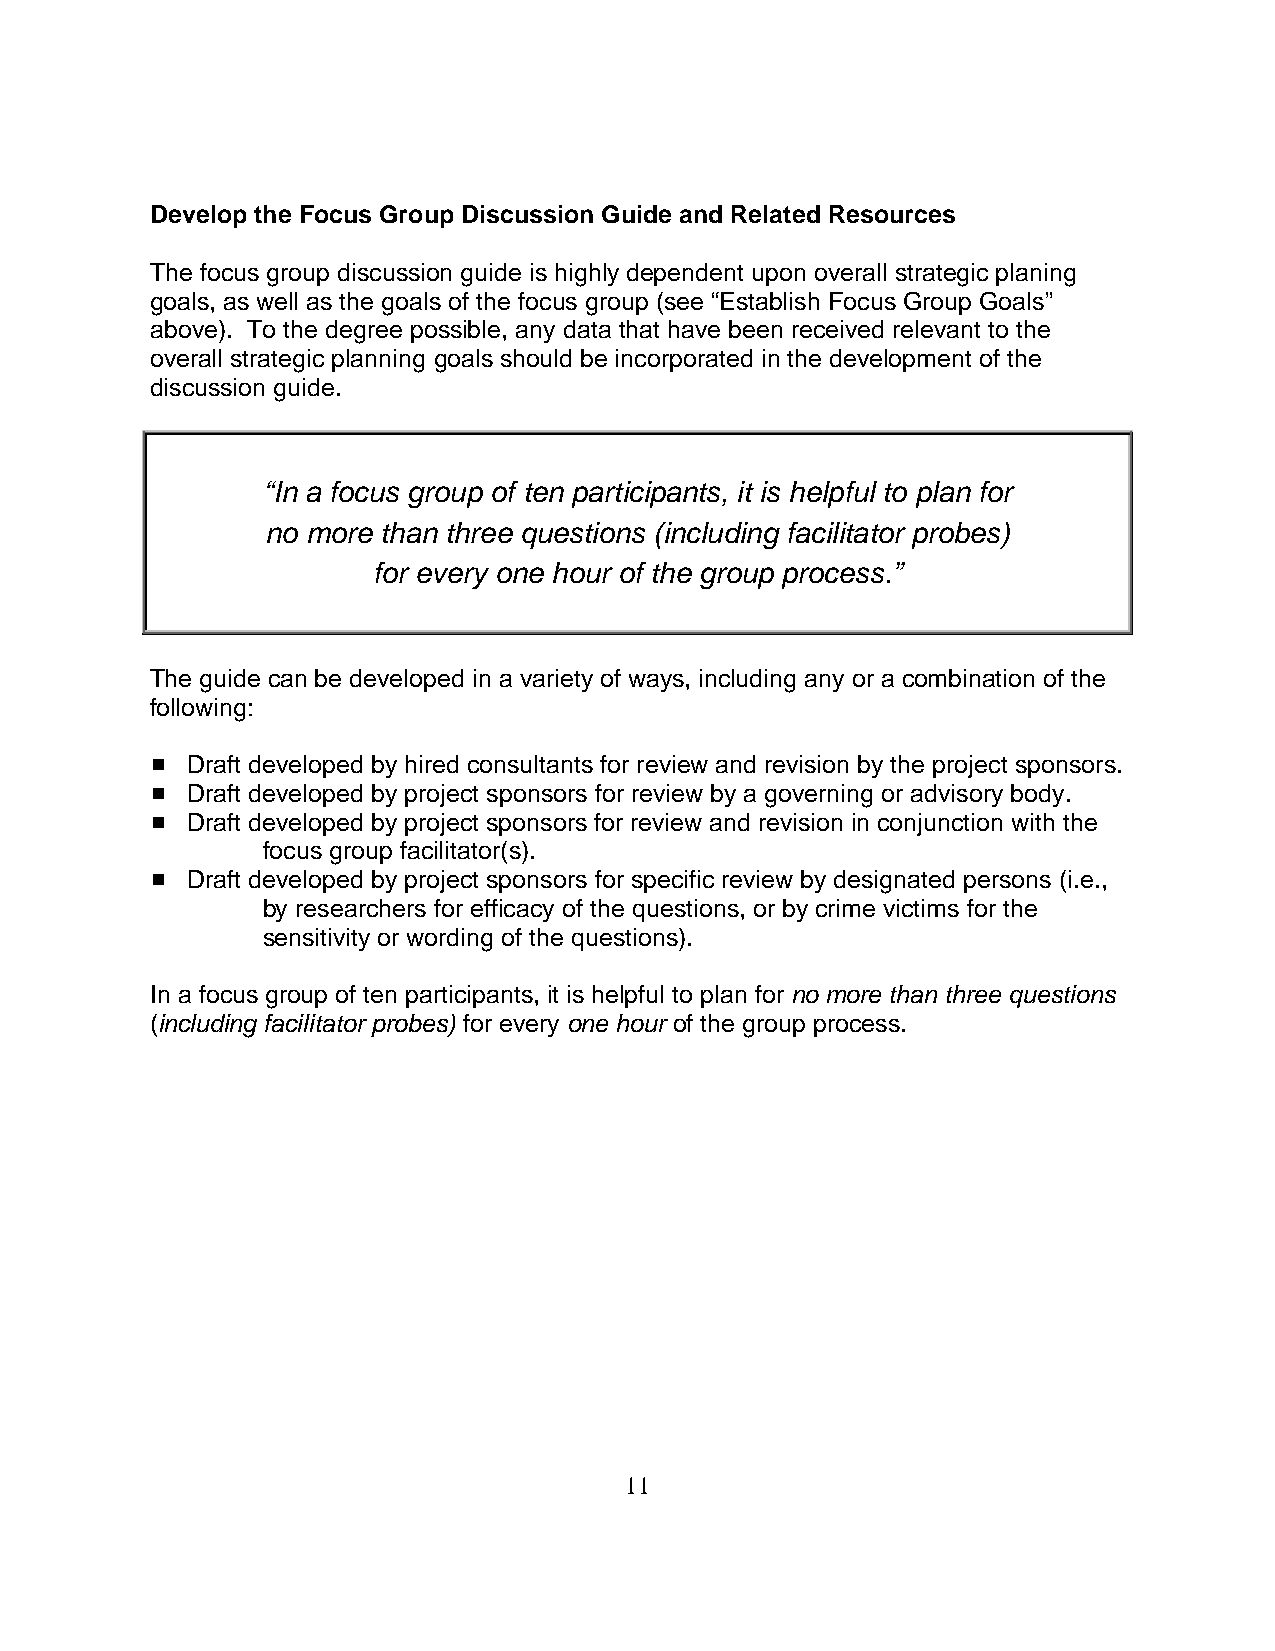
Develop the Focus Group Discussion Guide and Related Resources
 The focus group discussion guide is highly dependent upon overall strategic planing
 goals, as well as the goals of the focus group (see “Establish Focus Group Goals”
 above). To the degree possible, any data that have been received relevant to the
 overall strategic planning goals should be incorporated in the development of the
 discussion guide.
 “In a focus group of ten participants, it is helpful to plan for
 no more than three questions (including facilitator probes)
 for every one hour of the group process.”
 The guide can be developed in a variety of ways, including any or a combination of the
 following:
 # Draft developed by hired consultants for review and revision by the project sponsors.
 # Draft developed by project sponsors for review by a governing or advisory body.
 # Draft developed by project sponsors for review and revision in conjunction with the
 focus group facilitator(s).
 # Draft developed by project sponsors for specific review by designated persons (i.e.,
 by researchers for efficacy of the questions, or by crime victims for the
 sensitivity or wording of the questions).
 In a focus group of ten participants, it is helpful to plan for no more than three questions
 (including facilitator probes) for every one hour of the group process.
 11